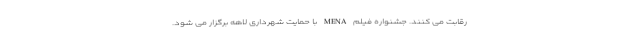
رقابت می کنند. جشنواره فیلم MENA با حمایت شهرداری لاهه برگزار می شود.